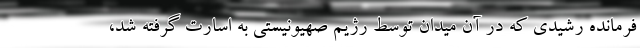
فرمانده رشیدی که در آن میدان توسط رژیم صهیونیستی به اسارت گرفته شد،